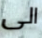
الى